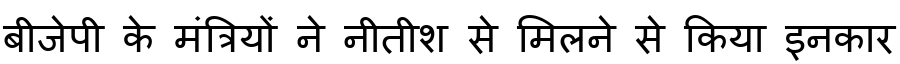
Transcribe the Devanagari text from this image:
बीजेपी के मंत्रियों ने नीतीश से मिलने से किया इनकार